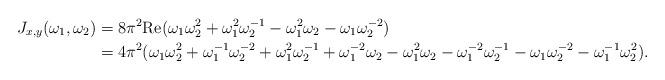
LaTeX: \begin{align*}J_{x,y} (\omega_1,\omega_2) & = 8 \pi^2 \mathrm{Re}(\omega_1\omega_2^2 + \omega_1^2\omega_2^{-1} - \omega_1^2\omega_2 - \omega_1\omega_2^{-2}) \\& = 4 \pi^2 (\omega_1\omega_2^2 + \omega_1^{-1}\omega_2^{-2} + \omega_1^2\omega_2^{-1} + \omega_1^{-2}\omega_2 - \omega_1^2\omega_2 - \omega_1^{-2}\omega_2^{-1} - \omega_1\omega_2^{-2} - \omega_1^{-1}\omega_2^2). \end{align*}